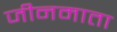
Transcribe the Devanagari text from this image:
जीनमाता